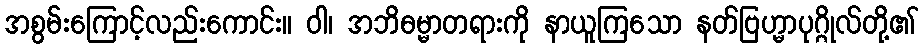
အစွမ်းကြောင့်လည်းကောင်း။ ဝါ၊ အဘိဓမ္မာတရားကို နာယူကြသော နတ်ဗြဟ္မာပုဂ္ဂိုလ်တို့၏